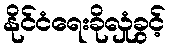
နိုင်ငံရေးခိုလှုံခွင့်